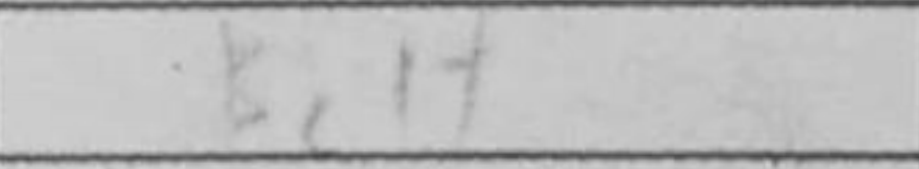
Transcription: Bc1